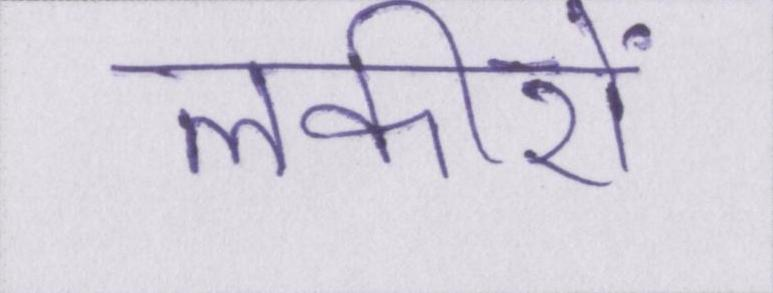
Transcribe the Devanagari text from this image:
लकीरों